Annual administration report of the Civil Veterinary Department of India - 1899-1900
Year: 1899
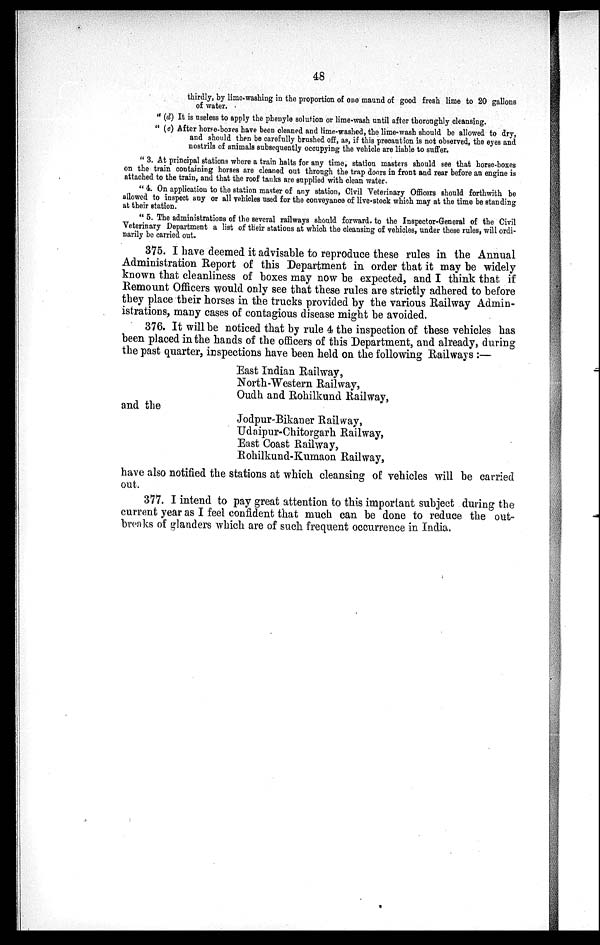
48
thirdly, by lime-washing in the proportion of one maund of good fresh lime to 20 gallons
of water.
"(d) It is useless to apply the phenyle solution or lime-wash until after thoroughly cleansing.
"(e) After horse-boxes have been cleaned and lime-washed, the lime-wash should be allowed to dry,
and should then be carefully brushed off, as, if this precaution is not observed, the eyes and
nostrils of animals subsequently occupying the vehicle are liable to suffer.
"3. At principal stations where a train halts for any time, station masters should see that horse-boxes
on the train containing horses are cleaned out through the trap doors in front and rear before an engine is
attached to the train, and that the roof tanks are supplied with clean water.
"4. On application to the station master of any station, Civil Veterinary Officers should forthwith be
allowed to inspect any or all vehicles used for the conveyance of live-stock which may at the time be standing
at their station.
"5. The administrations of the several railways should forward to the Inspector-General of the Civil
Veterinary Department a list of their stations at which the cleansing of vehicles, under these rules, will ordi-
narily be carried out.
375. I have deemed it advisable to reproduce these rules in the Annual
Administration Report of this Department in order that it may be widely
known that cleanliness of boxes may now be expected, and I think that if
Remount Officers would only see that these rules are strictly adhered to before
they place their horses in the trucks provided by the various Railway Admin-
istrations, many cases of contagious disease might be avoided.
376. It will be noticed that by rule 4 the inspection of these vehicles has
been placed in the hands of the officers of this Department, and already, during
the past quarter, inspections have been held on the following Railways :—
East Indian Railway,
North-Western Railway,
Oudh and Rohilkund Railway,
and the
Jodpur-Bikaner Railway,
Udaipur-Chitorgarh Railway,
East Coast Railway,
Rohilkund-Kumaon Railway,
have also notified the stations at which cleansing of vehicles will be carried
out.
377. I intend to pay great attention to this important subject during the
current year as I feel confident that much can be done to reduce the out-
breaks of glanders which are of such frequent occurrence in India,